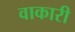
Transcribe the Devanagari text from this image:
वाकारी